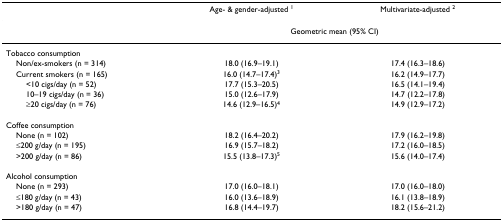
|  | Age- & gender-adjusted 1 | Multivariate-adjusted 2 |
 | --- | --- | --- |
 |  | <COLSPAN=2> Geometric mean (95% CI) |
 | Tobacco consumption |  |  |
 | Non/ex-smokers (n = 314) | 18.0 (16.9–19.1) | 17.4 (16.3–18.6) |
 | Current smokers (n = 165) | 16.0 (14.7–17.4)3 | 16.2 (14.9–17.7) |
 | <10 cigs/day (n = 52) | 17.7 (15.3–20.5) | 16.5 (14.1–19.4) |
 | 10–19 cigs/day (n = 36) | 15.0 (12.6–17.9) | 14.7 (12.2–17.8) |
 | ≥20 cigs/day (n = 76) | 14.6 (12.9–16.5)4 | 14.9 (12.9–17.2) |
 | Coffee consumption |  |  |
 | None (n = 102) | 18.2 (16.4–20.2) | 17.9 (16.2–19.8) |
 | ≤200 g/day (n = 195) | 16.9 (15.7–18.2) | 17.2 (16.0–18.5) |
 | >200 g/day (n = 86) | 15.5 (13.8–17.3)5 | 15.6 (14.0–17.4) |
 | Alcohol consumption |  |  |
 | None (n = 293) | 17.0 (16.0–18.1) | 17.0 (16.0–18.0) |
 | ≤180 g/day (n = 43) | 16.0 (13.6–18.9) | 16.1 (13.8–18.9) |
 | >180 g/day (n = 47) | 16.8 (14.4–19.7) | 18.2 (15.6–21.2) |